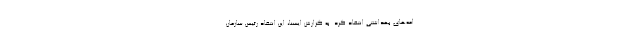
امه‌های بهداشتی انتقاد کرد. به گزارش ایسنا، این انتقاد رئیس سازمان